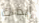
إيذاءك